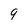
Character: g